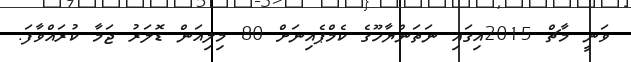
ވަނީ މާޗް 2015އިގައި ނަތަންޔާހޫގެ ކެމްޕެއިނަށް 80 މިލިއަން ޑޮލަރު ޖަމާ ކުރައްވާފަ.